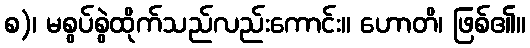
စ)၊ မစွပ်စွဲထိုက်သည်လည်းကောင်း။ ဟောတိ၊ ဖြစ်၏။